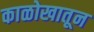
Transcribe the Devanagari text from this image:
काळोखातून